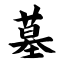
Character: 墓